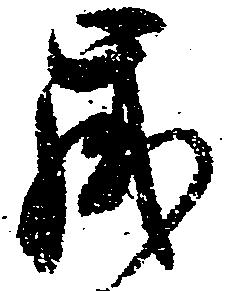
歳